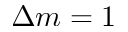
\Delta m = 1